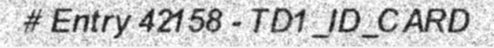
# Entry 42158 - TD1_ID_CARD